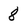
Character: 8